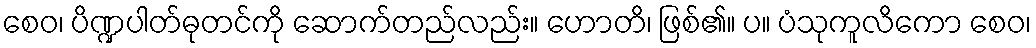
စေဝ၊ ပိဏ္ဍပါတ်ဓုတင်ကို ဆောက်တည်လည်း။ ဟောတိ၊ ဖြစ်၏။ ပ။ ပံသုကူလိကော စေဝ၊